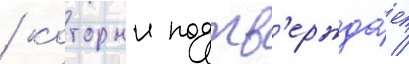
/ которыи подтв'ержда́ет /